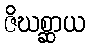
ဇိဃစ္ဆာယ